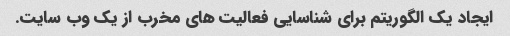
ایجاد یک الگوریتم برای شناسایی فعالیت های مخرب از یک وب سایت.